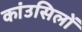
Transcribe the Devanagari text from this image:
कांउसिलों